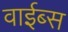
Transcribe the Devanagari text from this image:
वाईब्स